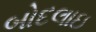
બોદલાઇ